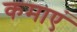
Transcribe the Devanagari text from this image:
कमाएं